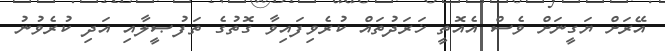
އޭރަށް ޔަގީނަށް ވެސް އެއޮތީ ޚަރަދުތައް ކުރެވިފައިވާ ގޮތުގެ ތަފުޞީލާއި އަދި ކުރެވުނު